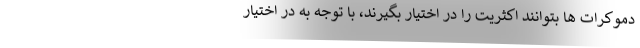
دموکرات ها بتوانند اکثریت را در اختیار بگیرند، با توجه به در اختیار